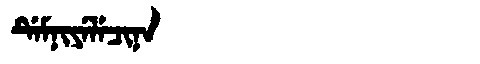
Manchu: ᡩᡝᠮᠨᡳᠶᡝᠯᡝᠴᡳᠨᠠ
Romanization: DEMNIYELECINA